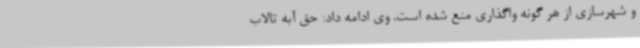
و شهرسازی از هر گونه واگذاری منع شده است. وی ادامه داد: حق آبه تالاب